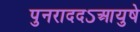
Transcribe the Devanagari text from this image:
पुनराददऽआयुषे